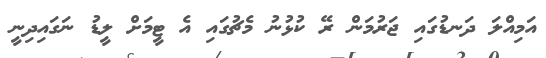
އަމިއްލަ ދަނޑުގައި ޖަރުމަން ރޭ ކުޅުނު މެޗުގައި އެ ޓީމަށް ލީޑު ނަގައިދިނީ